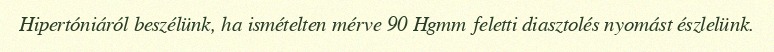
Hipertóniáról beszélünk, ha ismételten mérve 90 Hgmm feletti diasztolés nyomást észlelünk.